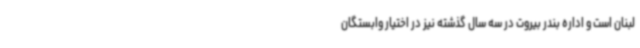
لبنان است و اداره بندر بیروت در سه سال گذشته نیز در اختیار وابستگان